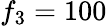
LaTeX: f_{3}=100